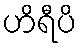
ဟိရီပိ